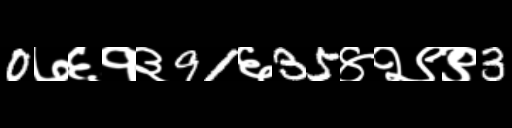
Text: 0७६१३91६35४२९९3